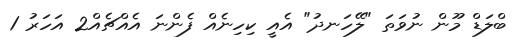
ބްލަޑް މޫން ނުވަތަ "ލޭހަނދު" އެއީ ކިހިނެއް ފެންނަ އެއްޗެއް2 އަހަރު 1